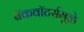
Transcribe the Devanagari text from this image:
बॅकवॉटर्समुळे